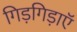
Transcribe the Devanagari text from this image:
गिड़गिड़ाएॅ